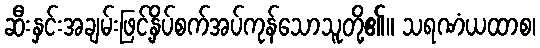
ဆီးနှင်းအချမ်းဖြင့်နှိပ်စက်အပ်ကုန်သောသူတို့၏။ သရဏံယထာစ၊